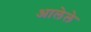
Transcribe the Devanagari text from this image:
अालेले